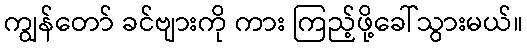
ကျွန်တော် ခင်ဗျားကို ကား ကြည့်ဖို့ခေါ်သွားမယ်။